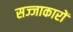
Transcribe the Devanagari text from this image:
सज्जाकारों